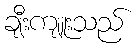
ချီးကျူးသည်